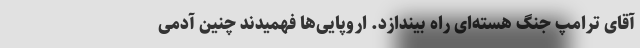
آقای ترامپ جنگ هسته‌ای راه بیندازد. اروپایی‌ها فهمیدند چنین آدمی